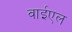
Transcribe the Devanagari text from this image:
वाईएल